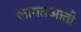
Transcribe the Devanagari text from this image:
लागतआती